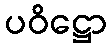
ပဝိဋ္ဌော